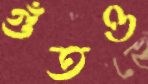
গুঁতও